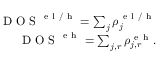
\begin{array} { r } { \mathrm { ~ D ~ O ~ S ~ } ^ { \mathrm { ~ e ~ l ~ / ~ h ~ } } = \sum _ { j } \rho _ { j } ^ { \mathrm { ~ e ~ l ~ / ~ h ~ } } } \\ { \mathrm { ~ D ~ O ~ S ~ } ^ { \mathrm { ~ e ~ h ~ } } = \sum _ { j , r } \rho _ { j , r } ^ { \mathrm { ~ e ~ h ~ } } . } \end{array}